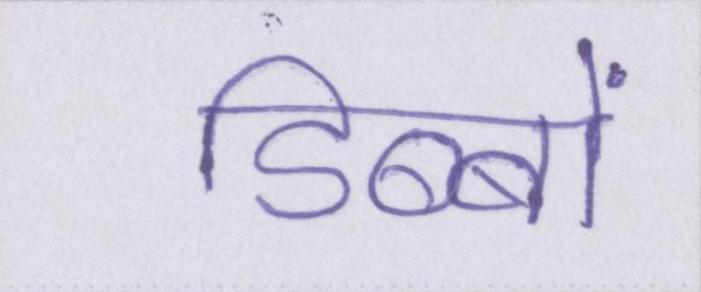
डिब्बों